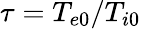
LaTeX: \tau=T_{e0}/T_{i0}